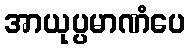
အာယုပ္ပမာဏံပေ